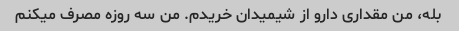
بله، من مقداری دارو از شیمیدان خریدم. من سه روزه مصرف میکنم